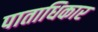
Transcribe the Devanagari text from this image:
पाताधिकार